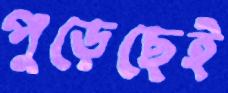
পুড়েছেই